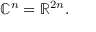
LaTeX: \mathbb { C } ^ { n } = \mathbb { R } ^ { 2 n } .